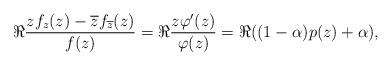
LaTeX: \begin{align*}\Re \dfrac{zf_{z}(z)-\overline{z}f_{\overline{z}}(z)}{f(z)}=\Re \dfrac{z\varphi ^{\prime }(z)}{\varphi (z)}=\Re ((1-\alpha )p(z)+\alpha ),\end{align*}